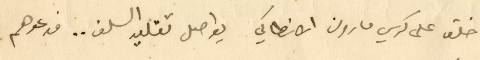
خلق على كرسي مارون الانطاكي يواصل تقليد السلف ... فدعوهم